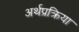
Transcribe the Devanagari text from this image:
अर्थप्रक्रिया